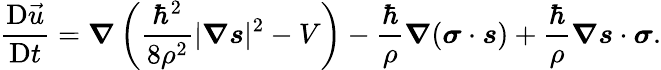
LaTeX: \frac{\mathrm{D}\vec{u}}{\mathrm{D}t}=\boldsymbol{\nabla}\left(\frac{{\hbar}^{2}}{8\rho^{2}}|\boldsymbol{\nabla}\boldsymbol{s}|^{2}-V\right)-\frac{\hbar}{\rho}\boldsymbol{\nabla}(\boldsymbol{\sigma}\cdot\boldsymbol{s})+\frac{\hbar}{\rho}\boldsymbol{\nabla}\boldsymbol{s}\cdot\boldsymbol{\sigma}.